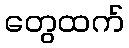
တွေထက်